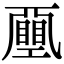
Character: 𢀯